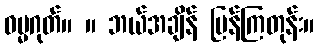
ဓမ္မဂုတ်။ ။ ဘယ်အချိန် ပြန်ကြတုန်း။